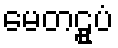
မေတဠူပံ